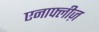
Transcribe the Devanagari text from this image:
एनाफ्लीज़